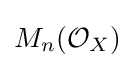
M_{n}({\mathcal {O}}_{X})